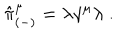
\hat { \pi } _ { ( - ) } ^ { \mu } = \lambda \gamma ^ { \mu } \lambda \; .